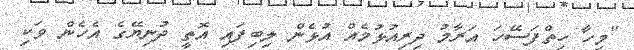
"މިހާ ހިތްފަސޭހަ އަރާމު ދިރިއުޅުމެއް އުޅެން ލިބިފައި އޮތީ ދުނިޔޭގެ އެހެން ވަކި